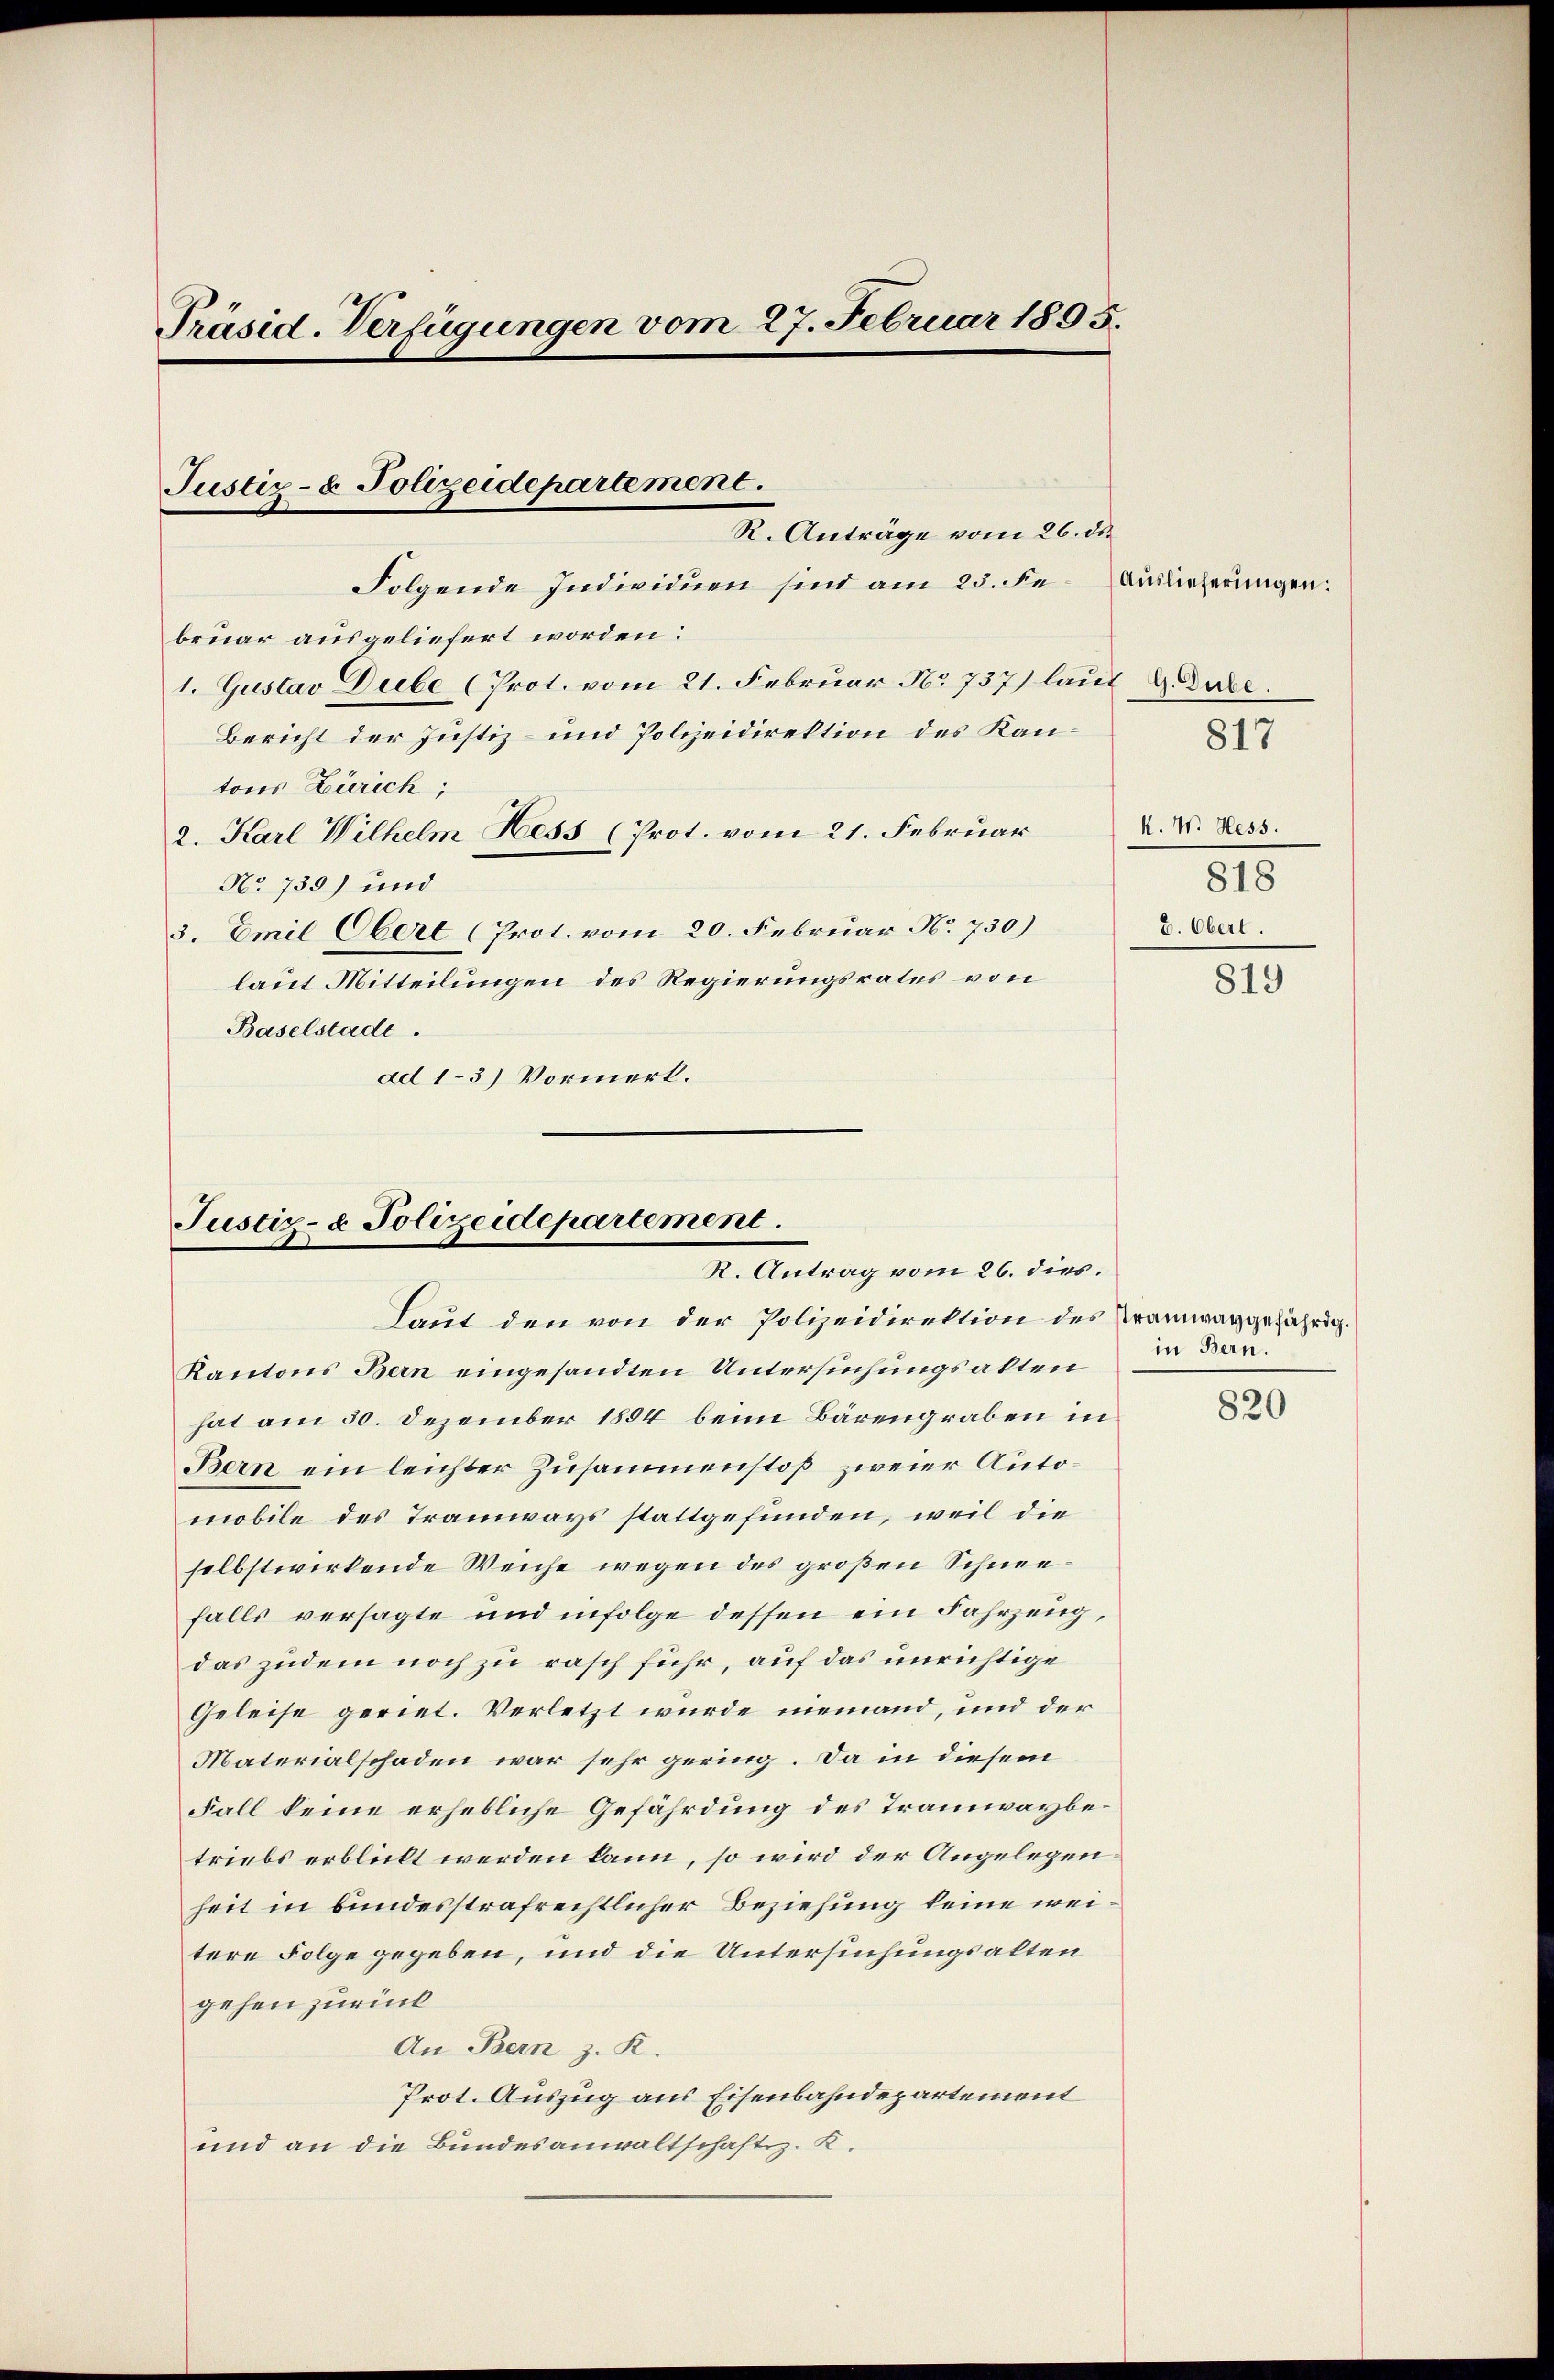
Präsid. Verfügungen vom 27. Februar 1895.

Folgende Individuen sind am 23. Februar ausgeliefert worden:
1. Gustav Dube (Prot. vom 21. Februar No 737 laut u. dabe
Bericht der Justiz- und Polizeidirektion des Kantons Zürich;
2. Karl Wilhelm Hess (Prot. vom 21. Februar
No 735) und
3. Emil Oberl (Prot. vom 20. Februar No. 730)
laut Mitteilungen des Regierungsrates von
Baselstade.
ad 13) Vormerk.

Justiz- & Polizeidepartement.
R. Anträge vom 26. ds.

Justiz- & Polizeidepartement.
R. Antrag vom 26. dies.
Laut den von der Polizeidirektion des Tramwaggefährig.

Kantons Bern eingesandten Untersuchungsakten
hat am 30. Dezember 1884 beim Bärengraben in
Bern ein leichter Zusammenstoß zweier Automobile des Tramways stattgefunden, weil die
selbstwirkende Weiche wegen des großen Schneefalls versagte und infolge dessen ein Fahrzeug,
das zudem noch zu rasch führ, auf das unrichtige
Geleise geriet. Verletzt wurde niemand, und der
Materialschaden war sehr gering. Da in diesem
Fall keine erhebliche Gefährdung des Tramwaybetriebs erblickt werden kann, so wird der Angelegenheit in bundesstrafrechtlicher Beziehung keine weitere Folge gegeben, und die Untersuchungsalten
gehen zurück
An Bern z. R.
Prot. Auszug aus Eisenbahndepartement
und an die Bundesanwaltschaftsz. K.

Auslieferungen:
817

K. W. Hess.
818
b. Oberl

819

in Bern.

820